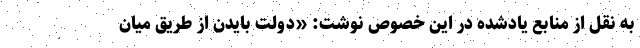
به نقل از منابع یادشده در این خصوص نوشت: «دولت بایدن از طریق میان